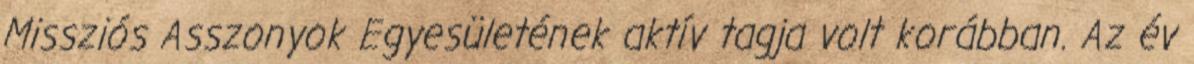
Missziós Asszonyok Egyesületének aktív tagja volt korábban. Az év